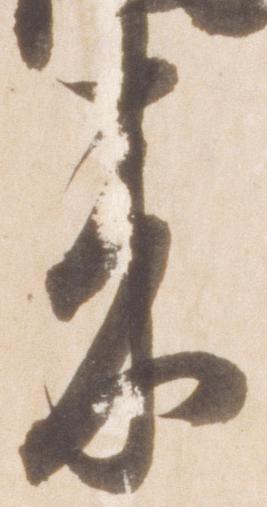
来